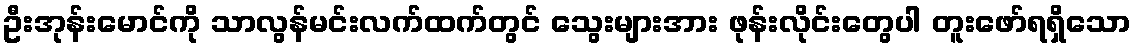
ဦးအုန်းမောင်ကို သာလွန်မင်းလက်ထက်တွင် သွေးများအား ဖုန်းလိုင်းတွေပါ တူးဖော်ရရှိသော